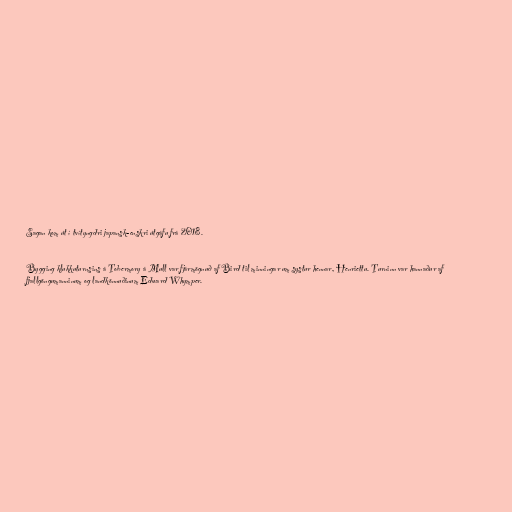
Sagan kom út í tvítyngdri japansk-enskri útgáfu frá 2018.

Bygging klukkuturnsins á Tobermory á Mull var fjármögnuð af Bird til minningar um systur hennar, Henriettu. Turninn var hannaður af
fjallgöngumanninum og landkönnuðinum Edward Whymper.